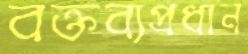
বক্তব্যপ্রধান